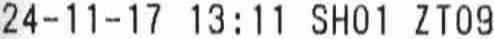
24-11-17 13:11 SH01 ZT09